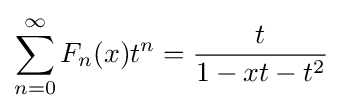
\sum _{n=0}^{\infty }F_{n}(x)t^{n}={\frac {t}{1-xt-t^{2}}}